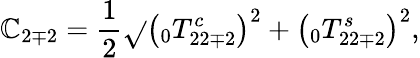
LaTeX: \mathbb{C}_{2\mp2}=\frac{{1}}{{2}}\sqrt{}{{\left(\phantom{}_{0}T_{22\mp2}^{c}\right)^{2}+\left(\phantom{}_{0}T_{22\mp2}^{s}\right)^{2}}},